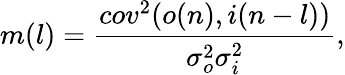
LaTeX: m(l)=\frac{cov^{2}(o(n),i(n-l))}{\sigma_{o}^{2}\sigma_{i}^{2}},